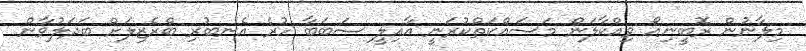
މިލާނުން ރޮބީނިއޯ ވިއްކާލަން މަސައްކަތްކުރަނީ އާއިލީ ސަބަބާ ހުރެ އެނބުރި ބްރެޒިލަށް ބަދަލުވާން